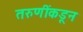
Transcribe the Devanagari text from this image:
तरुणींकडून